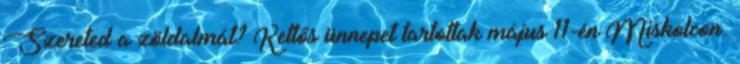
Szereted a zöldalmát? Kettős ünnepet tartottak május 11-én Miskolcon.